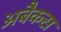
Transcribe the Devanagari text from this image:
अबैकस